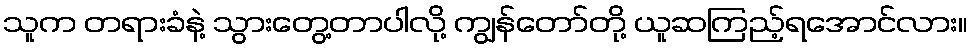
သူက တရားခံနဲ့ သွားတွေ့တာပါလို့ ကျွန်တော်တို့ ယူဆကြည့်ရအောင်လား။